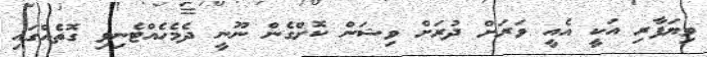
ވިޔަފާރި އަކީ އެއީ ވަރަށް ދުރަށް ވިޝަން ކޮށްގެން ނޫނީ ދެމެހެއްޓެނިވި ގޮތެއްގައި